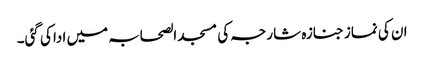
ان کی نماز جنازہ شارجہ کی مسجد الصحابہ میں ادا کی گئی۔